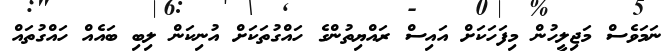
ނަމަވެސް މަޖިލީހުން މިފަހަކަށް އައިސް ރައްޔިތުންގެ ހައްގުތަކަށް އުނިކަން ލިބި ބައެއް ހައްގުތައް